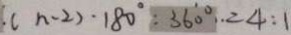
( n - 2 ) \cdot 1 8 0 ^ { \circ } : 3 6 0 ^ { \circ } = 4 : 1